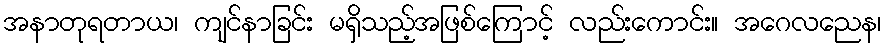
အနာတုရတာယ၊ ကျင်နာခြင်း မရှိသည့်အဖြစ်ကြောင့် လည်းကောင်း။ အဂေလညေန၊